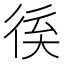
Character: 𢓽